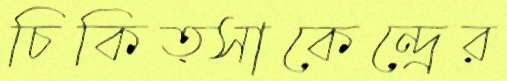
চিকিত্সাকেন্দ্রের